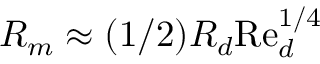
R _ { m } \approx ( 1 / 2 ) R _ { d } \mathrm { R e } _ { d } ^ { 1 / 4 }